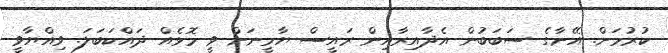
ކުރުމަށް. އޭނާގެ ސަބަބުން އެދާއިރާއިން ރައީސް ޔާމީނަށް ވީ މޮޅެއް ދައްކަބަލަ. ވިއްޔާވީ